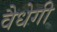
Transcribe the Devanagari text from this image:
वैधेगी